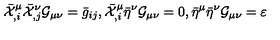
\bar { \cal X } _ { , i } ^ { \mu } \bar { \cal X } _ { , j } ^ { \nu } { \cal G } _ { \mu \nu } = \bar { g } _ { i j } , \bar { \cal X } _ { , i } ^ { \mu } \bar { \eta } ^ { \nu } { \cal G } _ { \mu \nu } = 0 , \bar { \eta } ^ { \mu } \bar { \eta } ^ { \nu } { \cal G } _ { \mu \nu } = \varepsilon